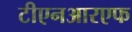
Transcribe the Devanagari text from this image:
टीएनआरएफ